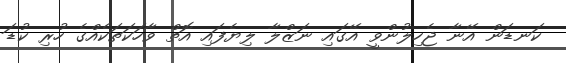
ކަނޑަން އޭނާ ޖެހިލުންވީ އޭގައި ނަޒްލާ ލިޔެފައި އޮތް ވާހަކަތަކެއްގެ ހުރި ކުޑަ